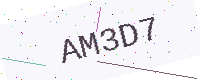
Text: AM3D7